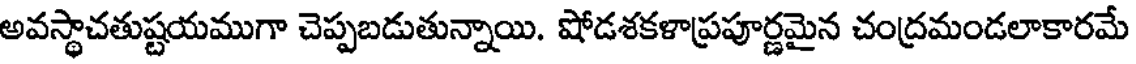
అవస్థాచతుష్టయముగా చెప్పబడుతున్నాయి. షోడశకళాప్రపూర్ణమైన చంద్రమండలాకారమే